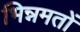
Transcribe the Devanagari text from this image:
भिन्नमतों